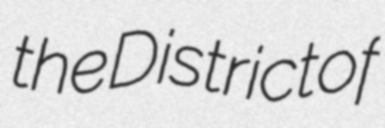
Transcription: the District of